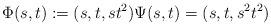
LaTeX: \begin{align*}\Phi (s,t) := (s,t,st^2) \Psi (s,t) = (s,t,s^2t^2)\end{align*}